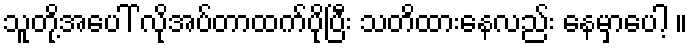
သူတို့အပေါ် လိုအပ်တာထက်ပိုပြီး သတိထားနေလည်း နေမှာပေါ့ ။